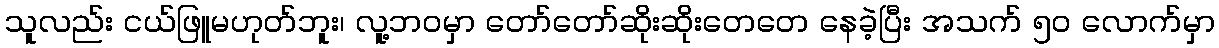
သူလည်း ငယ်ဖြူမဟုတ်ဘူး၊ လူ့ဘဝမှာ တော်တော်ဆိုးဆိုးတေတေ နေခဲ့ပြီး အသက် ၅၀ လောက်မှာ